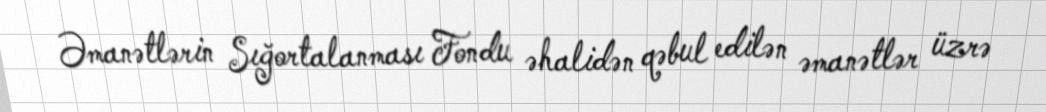
Əmanətlərin Sığortalanması Fondu əhalidən qəbul edilən əmanətlər üzrə